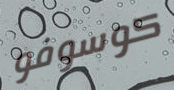
كوسوفو